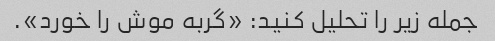
جمله زیر را تحلیل کنید: «گربه موش را خورد».